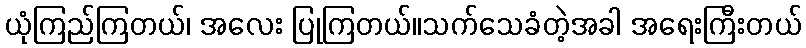
ယုံကြည်ကြတယ်၊ အလေး ပြုကြတယ်။သက်သေခံတဲ့အခါ အရေးကြီးတယ်